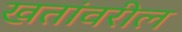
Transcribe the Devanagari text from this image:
खतांवरील